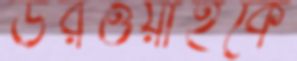
উরওয়াহকে